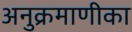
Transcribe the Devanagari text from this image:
अनुक्रमाणीका